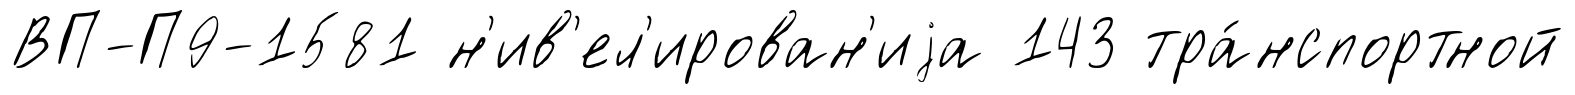
ВП-П9-1581 н'ив'ел'ирован'иjа 143 тра́нспортной